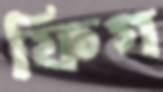
ফিগ